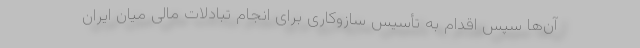
آن‌ها سپس اقدام به تأسیس سازوکاری برای انجام تبادلات مالی میان ایران